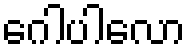
ဂေါပါလော